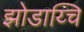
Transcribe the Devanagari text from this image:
झोडाय्चि